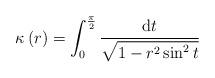
LaTeX: \begin{align*}\kappa\left(r\right)=\int_{0}^{\frac{\pi}{2}}\frac{{\rm d}t}{\sqrt{1-r^{2}\sin^{2}t}}\end{align*}